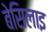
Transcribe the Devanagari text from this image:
बेसिलाइ